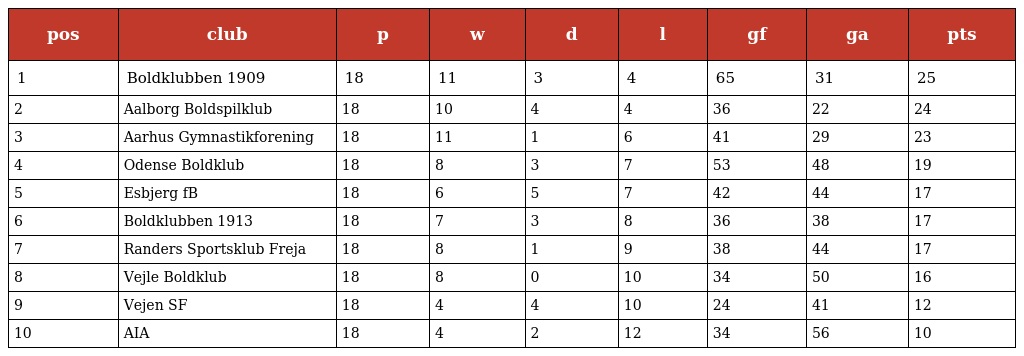
| pos | club | p | w | d | l | gf | ga | pts |
 | --- | --- | --- | --- | --- | --- | --- | --- | --- |
 | 1 | Boldklubben 1909 | 18 | 11 | 3 | 4 | 65 | 31 | 25 |
 | 2 | Aalborg Boldspilklub | 18 | 10 | 4 | 4 | 36 | 22 | 24 |
 | 3 | Aarhus Gymnastikforening | 18 | 11 | 1 | 6 | 41 | 29 | 23 |
 | 4 | Odense Boldklub | 18 | 8 | 3 | 7 | 53 | 48 | 19 |
 | 5 | Esbjerg fB | 18 | 6 | 5 | 7 | 42 | 44 | 17 |
 | 6 | Boldklubben 1913 | 18 | 7 | 3 | 8 | 36 | 38 | 17 |
 | 7 | Randers Sportsklub Freja | 18 | 8 | 1 | 9 | 38 | 44 | 17 |
 | 8 | Vejle Boldklub | 18 | 8 | 0 | 10 | 34 | 50 | 16 |
 | 9 | Vejen SF | 18 | 4 | 4 | 10 | 24 | 41 | 12 |
 | 10 | AIA | 18 | 4 | 2 | 12 | 34 | 56 | 10 |